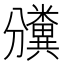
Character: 𥽡